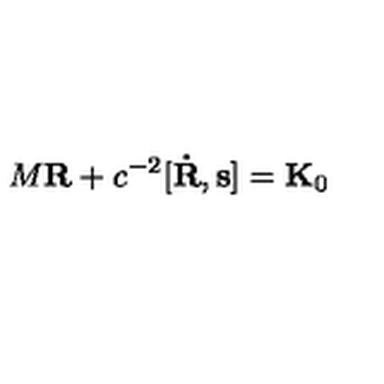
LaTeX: M { \bf R } + c ^ { - 2 } [ { \bf \dot { R } } , { \bf s } ] = { \bf K } _ { 0 }